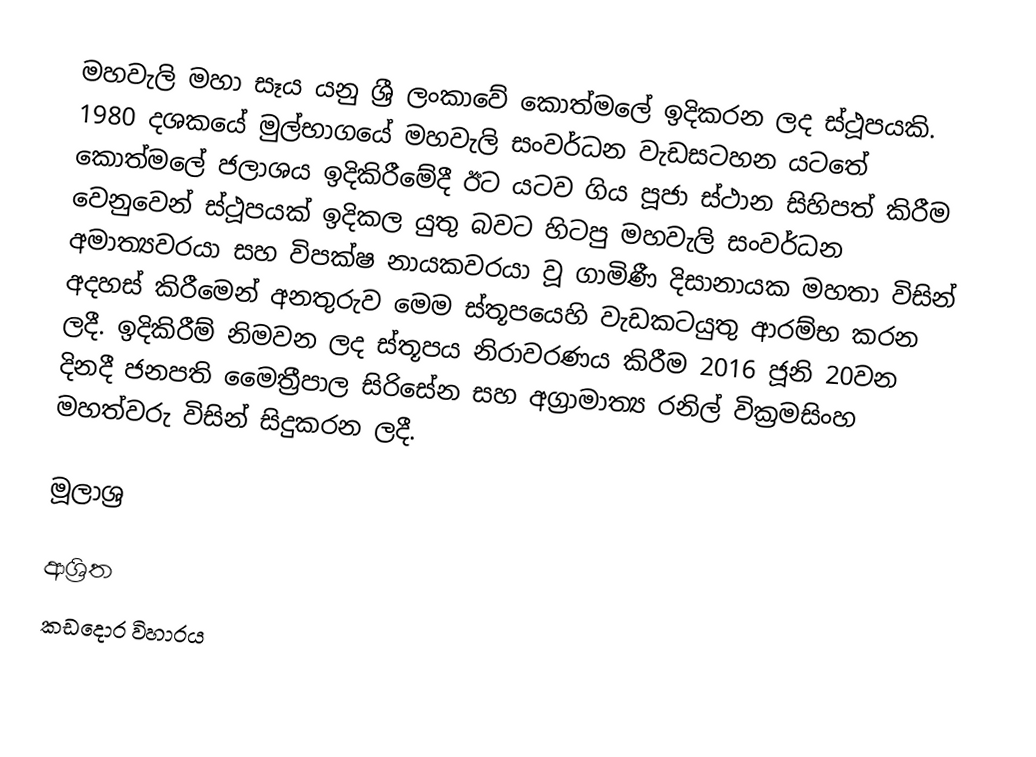
මහවැලි මහා සෑය යනු ශ්‍රී ලංකාවේ කොත්මලේ ඉදිකරන ලද ස්ථූපයකි. 1980 දශකයේ මුල්භාගයේ මහවැලි සංවර්ධන වැඩසටහන යටතේ කොත්මලේ ජලාශය ඉදිකිරීමේදී ඊට යටව ගිය පූජා ස්ථාන සිහිපත් කිරීම වෙනුවෙන් ස්ථූපයක් ඉදිකල යුතු බවට හිටපු මහවැලි සංවර්ධන අමාත්‍යවරයා සහ විපක්ෂ නායකවරයා වූ ගාමිණී දිසානායක මහතා විසින් අදහස් කිරීමෙන් අනතුරුව මෙම ස්තූපයෙහි වැඩකටයුතු ආරම්භ කරන ලදී. ඉදිකිරීම් නිමවන ලද ස්තූපය නිරාවරණය කිරීම 2016 ජූනි 20වන දිනදී ජනපති මෛත්‍රීපාල සිරිසේන සහ අග්‍රාමාත්‍ය රනිල් වික්‍රමසිංහ මහත්වරු විසින් සිදුකරන ලදී.

මූලාශ්‍ර

ආශ්‍රිත
 කඩදොර විහාරය